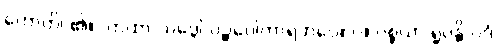
ဟောတိ၊ ၏။ (တထာ-သဒ္ဒေါ ပဉ္စဝေါကာရဘဝေ။ ပ။ ပစ္စယာ ရူပန္တိ ပဒံ